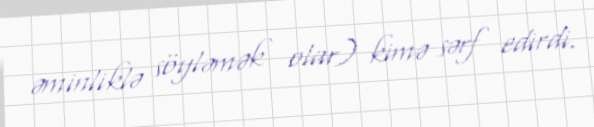
əminliklə söyləmək olar) kimə sərf edirdi.